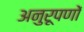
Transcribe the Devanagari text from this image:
अनुरूपणों